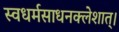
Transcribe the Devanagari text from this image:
स्वधर्मसाधनक्लेशात्‌।